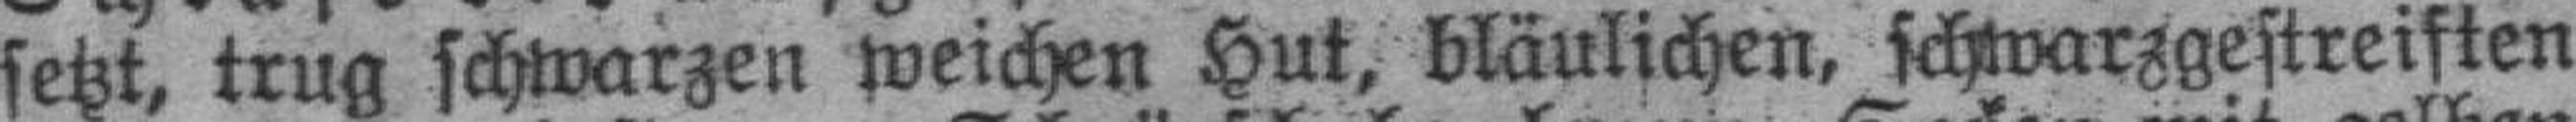
setzt, trug schwarzen weichen Hut, bläulichen, schwarzgestreiften